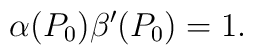
\alpha(P_0)\beta^{\prime}(P_0)=1 .